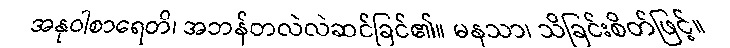
အနုဝါစာရေတိ၊ အဘန်တလဲလဲဆင်ခြင်၏။ မနသာ၊ သိခြင်းစိတ်ဖြင့်။